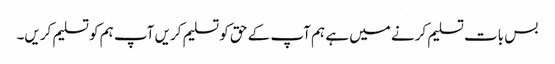
بس بات تسلیم کرنے میں ہے ہم آپ کے حق کو تسلیم کریں آپ ہم کو تسلیم کریں۔